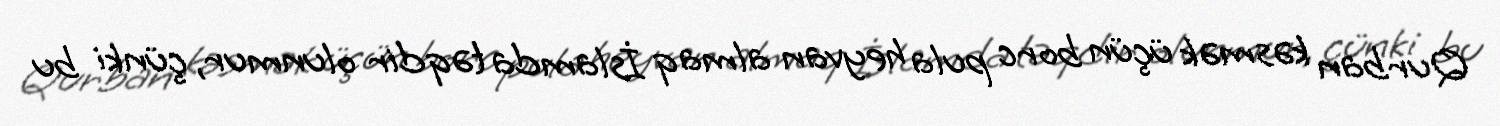
Qurban kəsmək üçün borc pula heyvan almaq İslamda təqdir olunmur, çünki bu